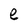
Character: e